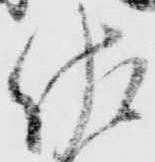
佐